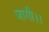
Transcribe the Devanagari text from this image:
जागी।।